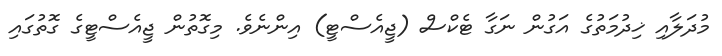
މުދަލާއި ޚިދުމަތުގެ އަގުން ނަގާ ޓެކްސް (ޖީއެސްޓީ) އިންނެވެ. މިގޮތުން ޖީއެސްޓީގެ ގޮތުގައި